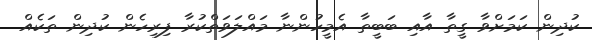
ކުދިން ކަމަށްވާ ގީތާ އާއި ބަބީތާ އެމީހުންނާ މައްލަވަތްކުރާ ފިރިހެން ކުދިން ތަކެއް